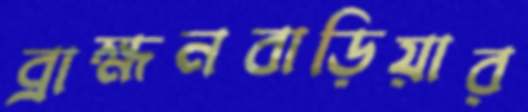
ব্রাহ্মনবাড়িয়ার